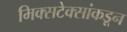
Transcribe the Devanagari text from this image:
मिक्सटेक्सांकडून